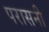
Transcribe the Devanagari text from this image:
परासनी